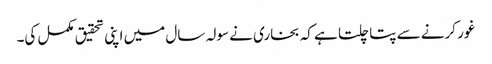
غور کرنے سے پتا چلتا ہے کہ بخاری نے سولہ سال میں اپنی تحقیق مکمل کی۔